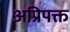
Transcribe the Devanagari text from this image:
अप्रिपक्त